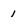
Character: 1